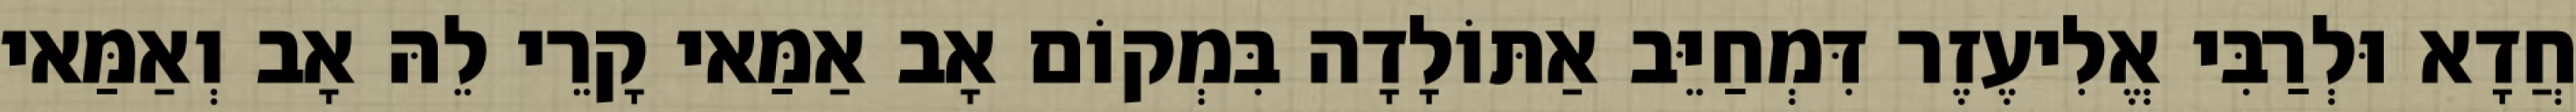
חֲדָא וּלְרַבִּי אֱלִיעֶזֶר דִּמְחַיֵּב אַתּוֹלָדָה בִּמְקוֹם אָב אַמַּאי קָרֵי לֵהּ אָב וְאַמַּאי